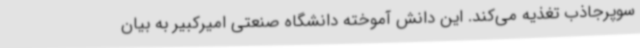
سوپرجاذب تغذیه می‌کند. این دانش آموخته دانشگاه صنعتی امیرکبیر به بیان